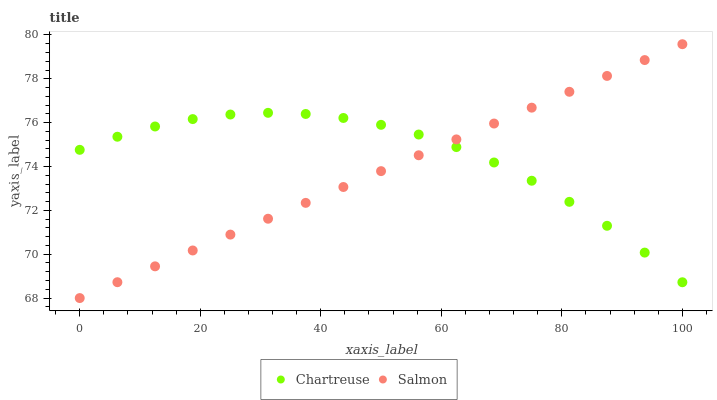
| xaxis_label | Chartreuse | Salmon |
 | --- | --- | --- |
 | 0 | 74.8 | 68 |
 | 6.25 | 75.4 | 68.7 |
 | 12.5 | 75.8 | 69.4 |
 | 18.8 | 76.2 | 70.2 |
 | 25 | 76.4 | 70.9 |
 | 31.2 | 76.4 | 71.6 |
 | 37.5 | 76.4 | 72.3 |
 | 43.8 | 76.2 | 73.1 |
 | 50 | 75.9 | 73.8 |
 | 56.2 | 75.5 | 74.5 |
 | 62.5 | 74.9 | 75.2 |
 | 68.8 | 74.2 | 76 |
 | 75 | 73.4 | 76.7 |
 | 81.2 | 72.4 | 77.4 |
 | 87.5 | 71.3 | 78.1 |
 | 93.8 | 70.1 | 78.9 |
 | 100 | 68.7 | 79.6 |